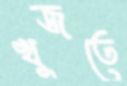
খুজতে